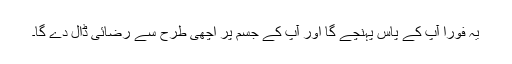
یہ فوراً آپ کے پاس پہنچے گا اور آپ کے جسم پر اچھی طرح سے رضائی ڈال دے گا۔